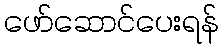
ဖော်ဆောင်ပေးရန်